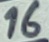
Text: 16